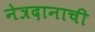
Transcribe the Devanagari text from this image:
नेत्रदानाची